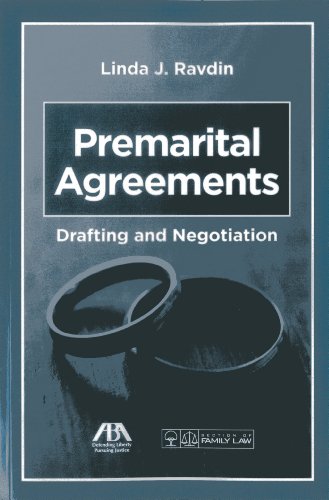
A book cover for Premarital Agreements: Drafting and Negotiation; Linda J. Ravdin; Law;